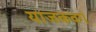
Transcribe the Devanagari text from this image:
याजकवर्ग